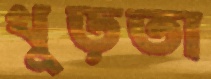
খুড়তা